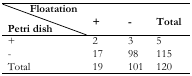
| <COLSPAN=4> Floatation |
 | Petri dish | + | - | Total |
 | --- | --- | --- | --- |
 | + | 2 | 3 | 5 |
 | - | 17 | 98 | 115 |
 | Total | 19 | 101 | 120 |